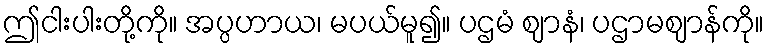
ဤငါးပါးတို့ကို။ အပ္ပဟာယ၊ မပယ်မူ၍။ ပဌမံ ဈာနံ၊ ပဌာမဈာန်ကို။